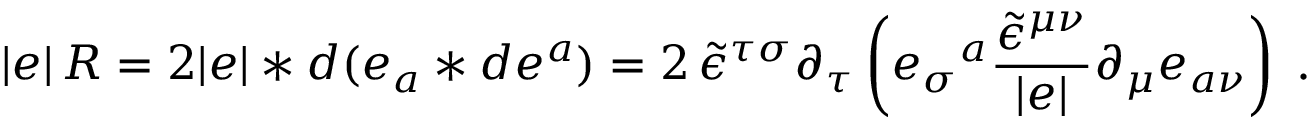
| e | \, R = 2 | e | \ast d ( e _ { a } \ast d e ^ { a } ) = 2 \, \tilde { \epsilon } ^ { \tau \sigma } \partial _ { \tau } \left( e _ { \sigma } { } ^ { a } \frac { \tilde { \epsilon } ^ { \mu \nu } } { | e | } \partial _ { \mu } e _ { a \nu } \right) \; .